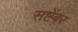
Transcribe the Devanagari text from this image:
सष्टेंबर